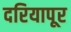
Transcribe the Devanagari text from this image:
दरियापूर